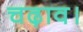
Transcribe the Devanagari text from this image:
चढ़ाव।